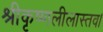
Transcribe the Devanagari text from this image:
श्रीकृष्णलीलास्तव।